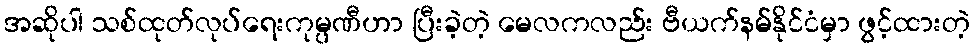
အဆိုပါ သစ်ထုတ်လုပ်ရေးကုမ္ပဏီဟာ ပြီးခဲ့တဲ့ မေလကလည်း ဗီယက်နမ်နိုင်ငံမှာ ဖွင့်ထားတဲ့